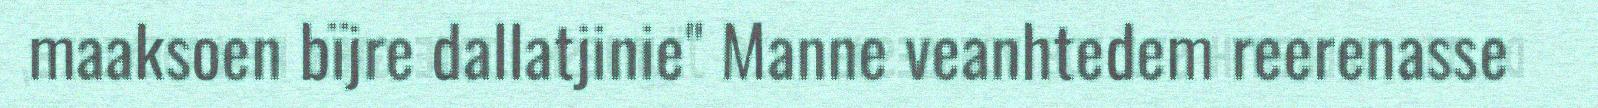
maaksoen bïjre dallatjinie" Manne veanhtedem reerenasse